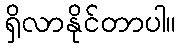
ရှိလာနိုင်တာပါ။